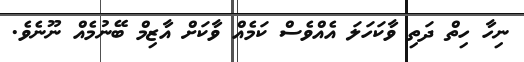
ނިހާ ހިތް ދަތި ވާކަހަލަ އެއްވެސް ކަމެއް ވާކަށް އާޒިމް ބޭނުމެއް ނޫނެވެ.